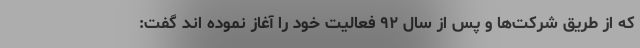
که از طریق شرکت‌ها و پس از سال ۹۲ فعالیت خود را آغاز نموده اند گفت: